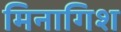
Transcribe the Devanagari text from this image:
मिनागिश